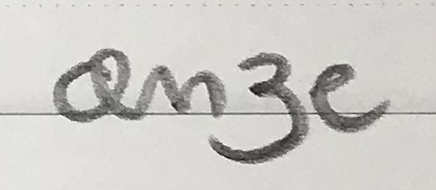
onze